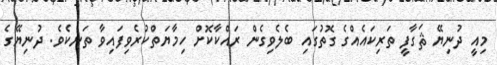
މިއީ ދުނިޔޭ ޘަގާފީ ތަރިކައެއްގެ ގޮތުގައި ބެލެވިގެން ރައްކާކޮށް ހިމާޔަތްކުރެވިފައިވާ ތަނެކެވެ. ދުނިޔޭގެ